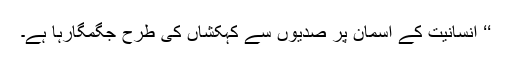
‘‘ انسانیت کے آسمان پر صدیوں سے کہکشاں کی طرح جگمگارہا ہے۔